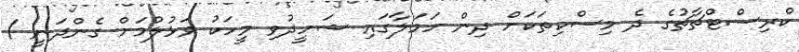
ކްރިސްޓްޗާޗުގެ ދެ މިސްކިތަކަށް ދިން ހަމަލާގައި ޝަހީދުވި މީހަކު ވަޅުލުމަށް ގެންދަނީ /